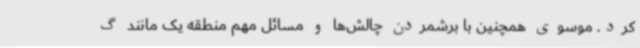
کرد. موسوی همچنین با برشمردن چالش‌ها و مسائل مهم منطقه یک مانند گ